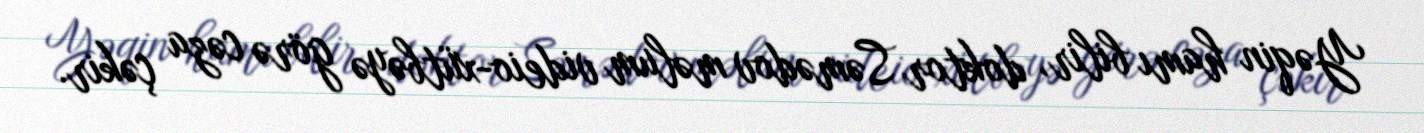
Yəqin hamı bilir, doktor Səmədov məlum videio-xütbəyə görə cəza çəkir.